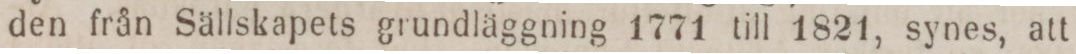
den från Sällskapets grundläggning 1771 till 1821, synes, att